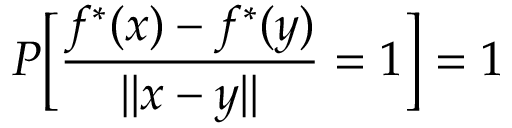
P \Big [ \frac { f ^ { * } ( x ) - f ^ { * } ( y ) } { | | x - y | | } = 1 \Big ] = 1